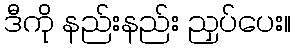
ဒီကို နည်းနည်း ညှပ်ပေး။